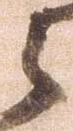
之